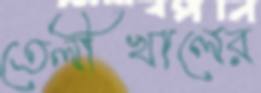
তেলীখালের